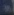
Transcribe